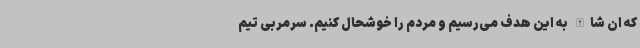
که ان شاالله به این هدف می‌رسیم و مردم را خوشحال کنیم. سرمربی تیم